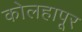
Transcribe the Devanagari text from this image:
कोलहापूर